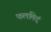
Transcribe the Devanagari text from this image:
फलमिदं